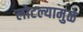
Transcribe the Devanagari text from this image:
लोटल्यामुळे